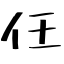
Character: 仼